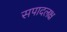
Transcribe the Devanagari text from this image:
सपादलक्ष